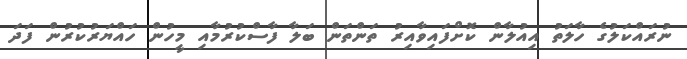
ނުރައްކަލުގެ ހާލަތު އިއުލާން ކޮށްފައިވާއިރު ތަންތަން ބަލާ ފާސްކުރުމާއި މީހުން ހައްޔަރުކުރުން ފަދަ